Indian journal of veterinary science and animal husbandry - Volumes 15-17, 1948-1951
Year: 1948
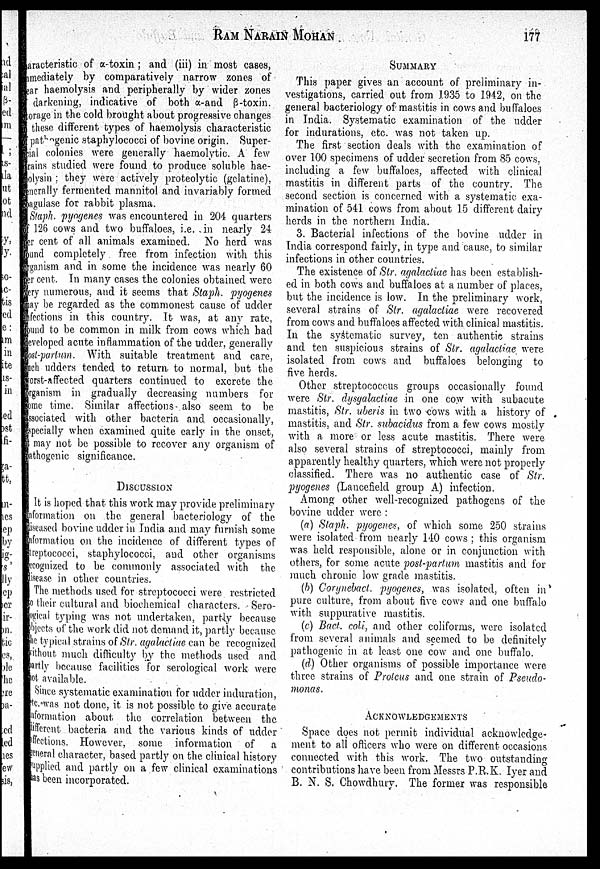
RAM
NARAIN
MOHAN
177
characteristic of α-toxin; and (iii) in most cases,
immediately by comparatively narrow zones of
ear haemolysis and peripherally by wider zones
darkening, indicative of both α-and ß-toxin.
storage in the cold brought about progressive changes
in these different types of haemolysis characteristic
of pathogenic staphylococci of bovine origin. Super-
social colonies were generally haemolytic. A few
rains studied were found to produce soluble hae-
olysin ; they were actively proteolytic (gelatine),
generally fermented mannitol and invariably formed
coagulase for rabbit plasma.
Staph. pyogenes was encountered in 204 quarters
of 126 cows and two buffaloes, i.e. in nearly 24
per cent of all animals examined. No herd was
found completely free from infection with this
organism and in some the incidence was nearly 60
per cent. In many cases the colonies obtained were
very numerous, and it seems that Staph. pyogenes
may be regarded as the commonest cause of udder
infections in this country. It was, at any rate,
found to be common in milk from cows which had
developed acute inflammation of the udder, generally
post-partum. With suitable treatment and care,
such udders tended to return to normal, but the
worst-affected quarters continued to excrete the
organism in gradually decreasing numbers for
some time. Similar affections also seem to be
associated with other bacteria and occasionally,
especially when examined quite early in the onset,
it may not be possible to recover any organism of
pathogenic significance.
DISCUSSION
It is hoped that this work may provide preliminary
information on the general bacteriology of the
diseased bovine udder in India and may furnish some
information on the incidence of different types of
streptococci, staphylococci, and other organisms
recoginzed to be commonly associated with the
disease in other countries.
The methods used for streptococci were restricted
to their cultural and biochemical characters. Sero-
logical typing was not undertaken, partly because
objects of the work did not demand it, partly because
the typical strains of Str. agalactiae can be recognized
without much difficulty by the methods used and
partly because facilities for serological work were
not available.
Since systematic examination for udder induration,
etc. was not done, it is not possible to give accurate
information about the correlation between the
different bacteria and the various kinds of udder
affections. However, some information of a
general character, based partly on the clinical history
supplied and partly on a few clinical examinations
has been incorporated.
SUMMARY
This paper gives an account of preliminary in-
vestigations, carried out from 1935 to 1942, on the
general bacteriology of mastitis in cows and buffaloes
in India. Systematic examination of the udder
for indurations, etc. was not taken up.
The first section deals with the examination of
over 100 specimens of udder secretion from 85 cows,
including a few buffaloes, affected with clinical
mastitis in different parts of the country. The
second section is concerned with a systematic exa-
mination of 541 cows from about 15 different dairy
herds in the northern India.
3. Bacterial infections of the bovine udder in
India correspond fairly, in type and cause, to similar
infections in other countries.
The existence of Str. agalactiae has been establish-
ed in both cows and buffaloes at a number of places,
but the incidence is low. In the preliminary work,
several strains of Str. agalactiae were recovered
from cows and buffaloes affected with clinical mastitis.
In the systematic survey, ten authentic strains
and ten suspicious strains of Str. agalactiae were
isolated from cows and buffaloes belonging to
five herds.
Other streptococcus groups occasionally found
were Str. dysgalactiae in one cow with subacute
mastitis, Str. uberis in two cows with a history of
mastitis, and Str. subacidus from a few cows mostly
with a more or less acute mastitis. There were
also several strains of streptococci, mainly from
apparently healthy quarters, which were not properly
classified. There was no authentic case of Str.
pyogenes (Lancefield group A) infection.
Among other well-recognized pathogens of the
bovine udder were :
(a) Staph. pyogenes, of which some 250 strains
were isolated from nearly 140 cows; this organism
was held responsible, alone or in conjunction with
others, for some acute post-partum mastitis and for
much chronic low grade mastitis.
(b) Corynebact. pyogenes, was isolated, often in
pure culture, from about five cows and one buffalo
with suppurative mastitis.
(c) Bact. coli, and other coliforms, were isolated
from several animals and seemed to be definitely
pathogenic in at least one cow and one buffalo.
(d) Other organisms of possible importance were
three strains of Proteus and one strain of Pseudo-
monas.
ACKNOWLEDGEMENTS
Space does not permit individual acknowledge-
ment to all officers who were on different occasions
connected with this work. The two outstanding
contributions have been from Messrs P.R.K. Iyer and
B. N. S. Chowdhury. The former was responsible